Punjab Mental Hospital Lahore 1922-31 - 1922-1931
Year: 1922
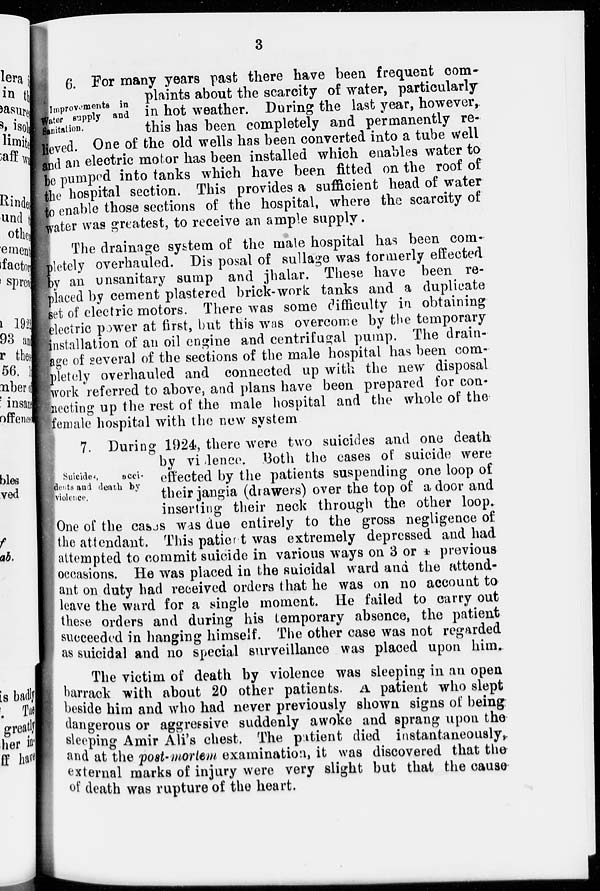
3
Improvements in
Water supply and
Sanitation.
6. For many years past there have been frequent com-
plaints about the scarcity of water, particularly
in hot weather. During the last year, however,
this has been completely and permanently re-
lieved. One of the old wells has been converted into a tube well
and an electric motor has been installed which enables water to
be pumped into tanks which have been fitted on the roof of
the hospital section. This provides a sufficient head of water
to enable those sections of the hospital, where the scarcity of
water was greatest, to receive an ample supply.
The drainage system of the male hospital has been com-
pletely overhauled. Disposal of sullage was formerly effected
by an unsanitary sump and jhalar. These have been re-
placed by cement plastered brick-work tanks and a duplicate
set of electric motors. There was some difficulty in obtaining
electric power at first, but this was overcome by the temporary
installation of an oil engine and centrifugal pump. The drain-
age of several of the sections of the male hospital has been com-
pletely overhauled and connected up with the new disposal
work referred to above, and plans have been prepared for con-
necting up the rest of the male hospital and the whole of the
female hospital with the new system.
Suicides,
acci-
dents and death by
violence.
7. During 1924, there were two suicides and one death
by vielence. Both the cases of suicide were
effected by the patients suspending one loop of
their jangia (drawers) over the top of a door and
inserting their neck through the other loop.
One of the cases was due entirely to the gross negligence of
the attendant. This patiert was extremely depressed and had
attempted to commit suicide in various ways on 3 or 4 previous
occasions. He was placed in the suicidal ward and the attend-
ant on duty had received orders that he was on no account to
leave the ward for a single moment. He failed to carry out
these orders and during his temporary absence, the patient
succeeded in hanging himself. The other case was not regarded
as suicidal and no special surveillance was placed upon him.
The victim of death by violence was sleeping in an open
barrack with about 20 other patients . A patient who slept
beside him and who had never previously shown signs of being
dangerous or aggressive suddenly awoke and sprang upon the
sleeping Amir Ali's chest. The patient died instantaneously,
and at the post-mortem examination, it was discovered that the
external marks of injury were very slight but that the cause
of death was rupture of the heart.